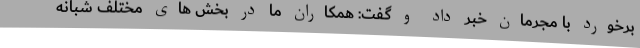
برخورد با مجرمان خبر داد و گفت: همکاران ما در بخش های مختلف شبانه